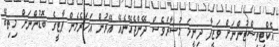
އެކްޓިވިސްޓުންނަށް ވަޒީފާ ދިނީމަ މުސާރަވެސް ދޭންޖެހޭނެއޭ އޭރުން އަހަރެމެން ޕާޓީގެ ބޮޑުންނަށް މިތިބޭ